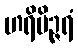
ဟရိပိဉ္ဇရံ